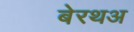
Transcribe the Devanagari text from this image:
बेरथअ